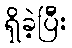
ရှိခဲ့ပြီး